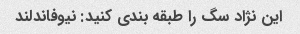
این نژاد سگ را طبقه بندی کنید: نیوفاندلند